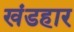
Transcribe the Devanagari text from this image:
खंडहार